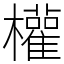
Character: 權